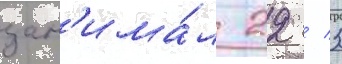
зан'има́л 22 / 3